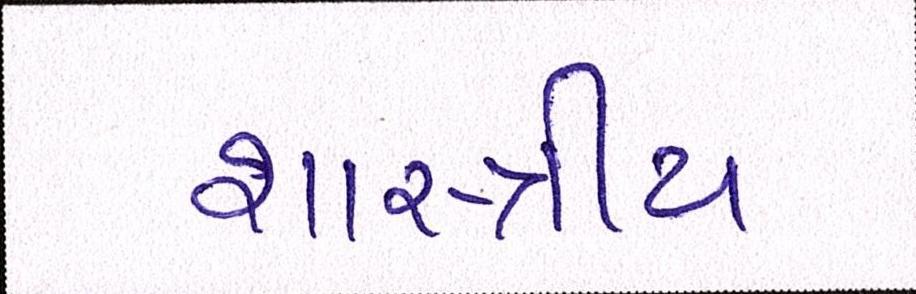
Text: શાસ્ત્રીય